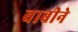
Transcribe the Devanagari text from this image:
बाबीने